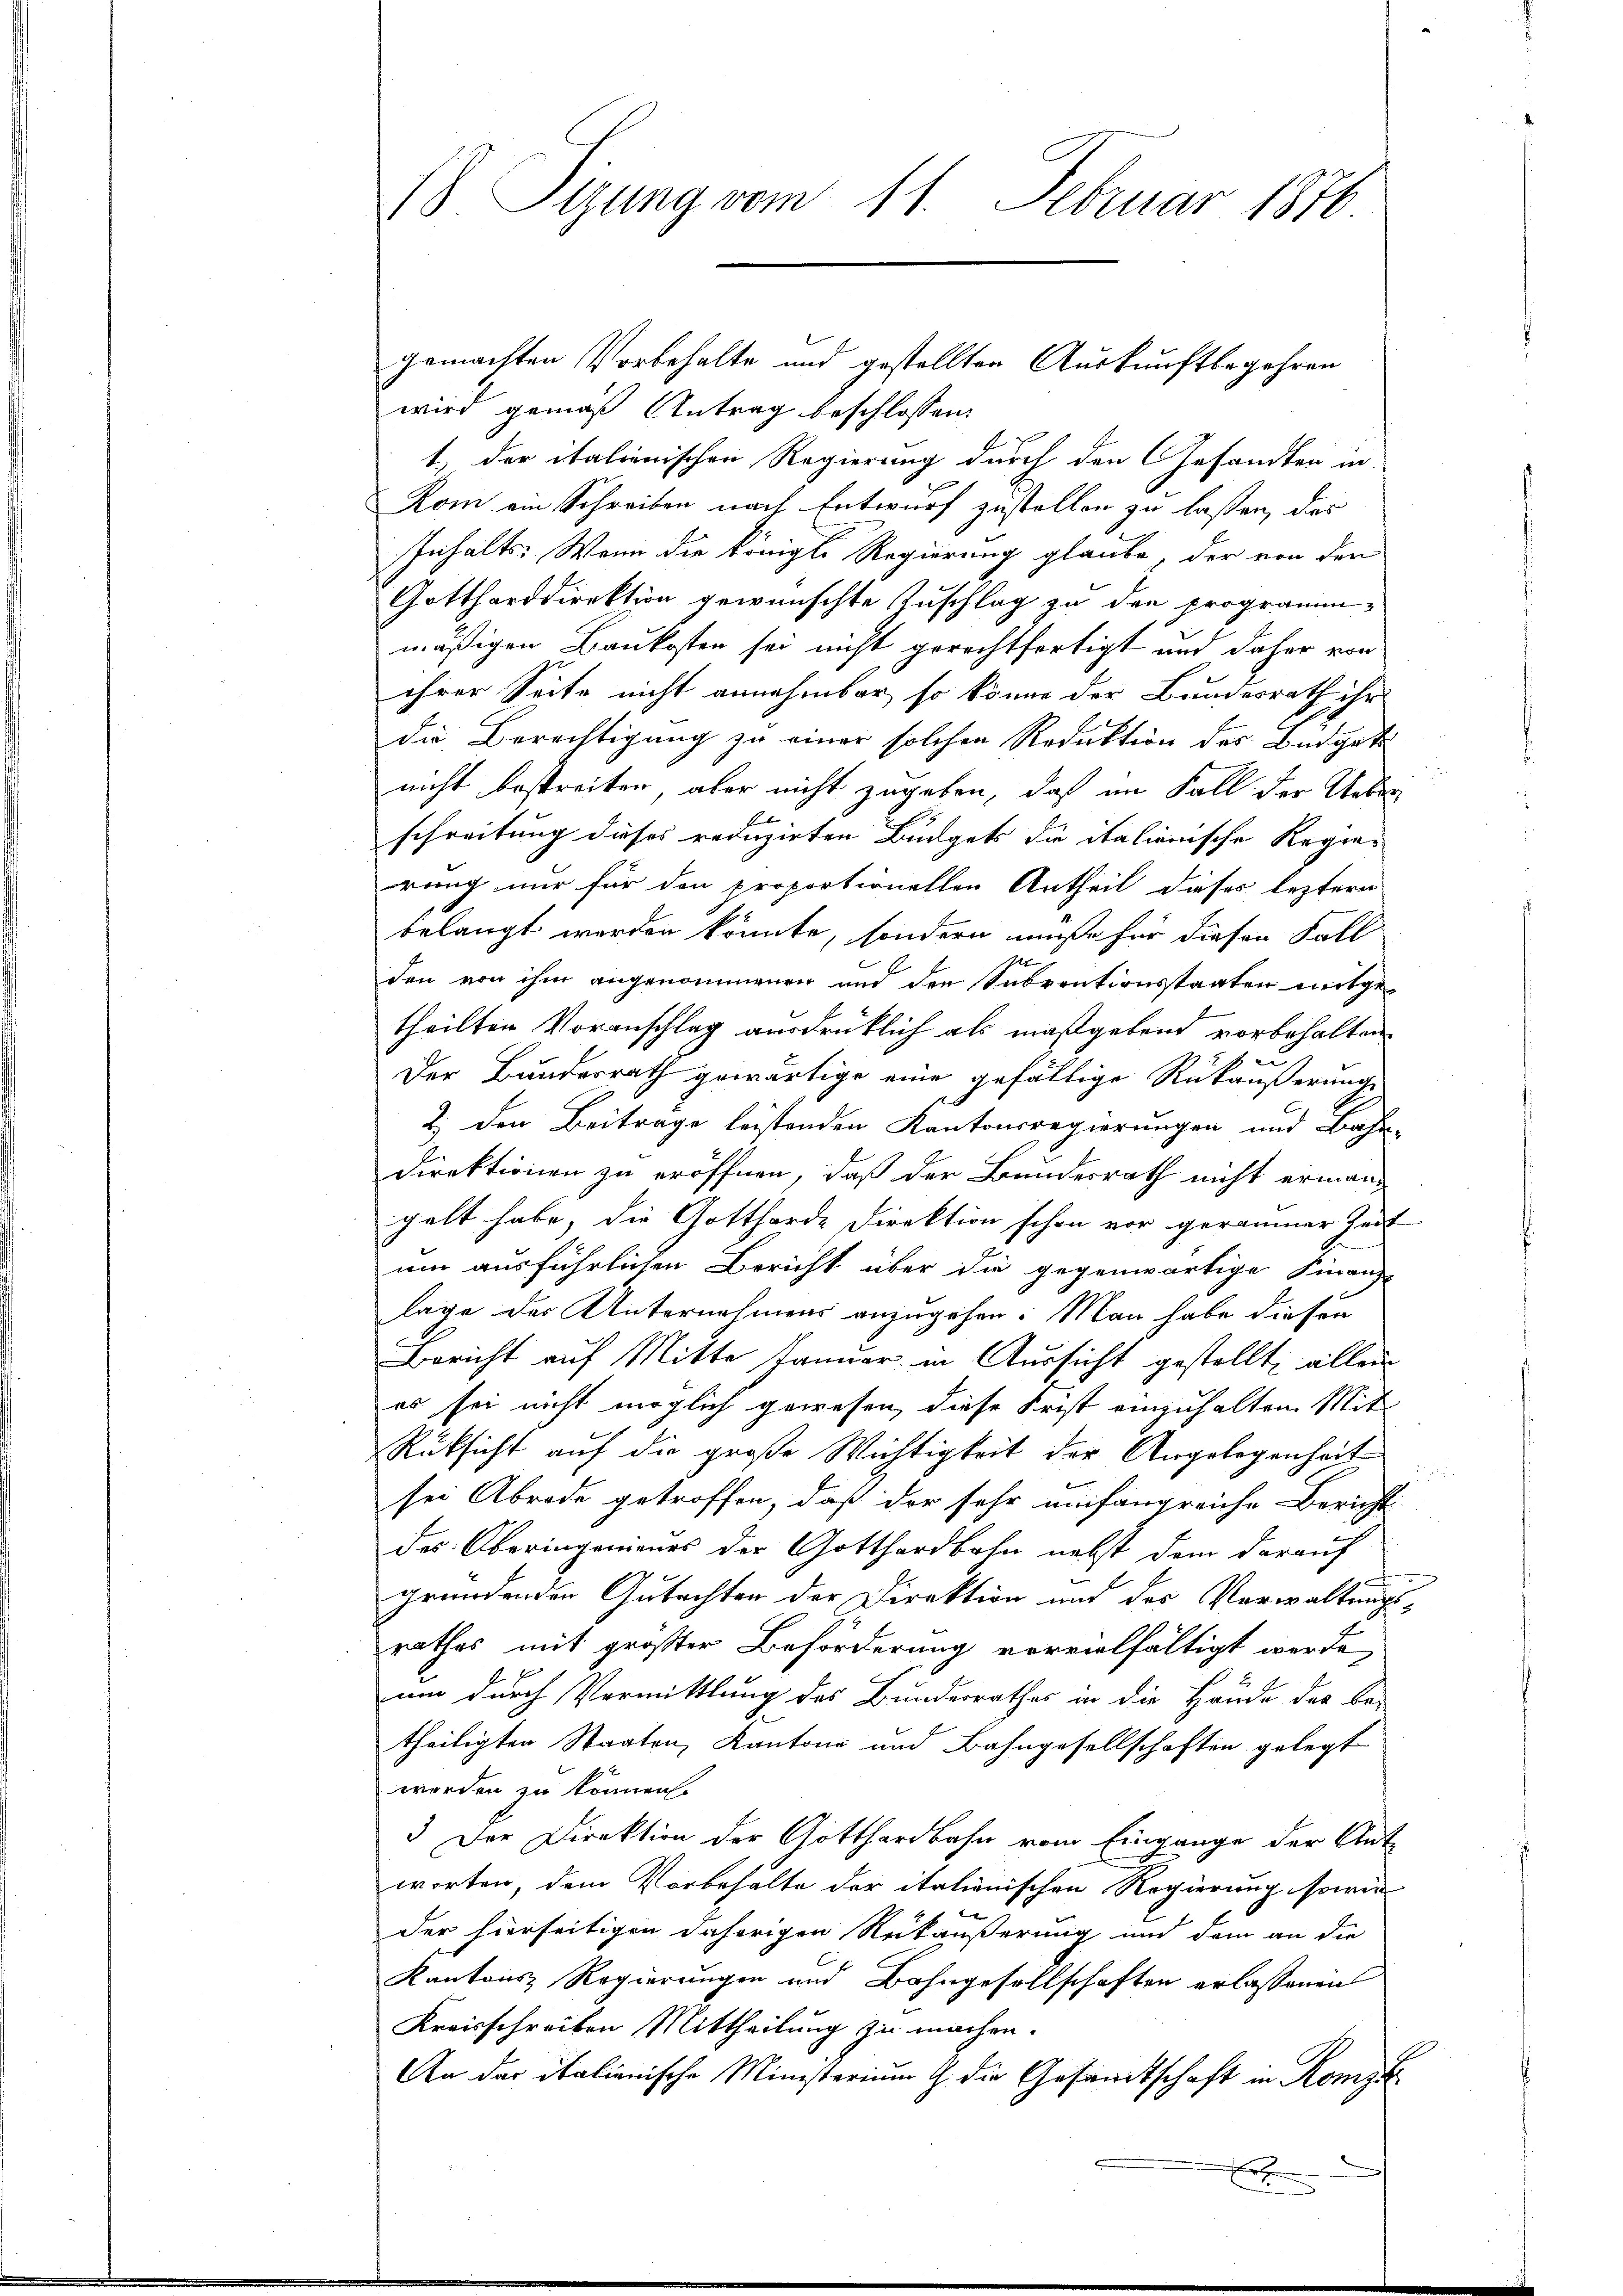
18 Sizung vom 11. Februar 1876

gemachten Vorbehalte und gestellten Auskunftbegehren
wird gemäß Antrag beschlossen:
1) der italienischen Regierung durch den Gesandten in
Kom ein Schreiben nach Entwurf zustellen zu lassen, das
Inhalts: Wenn die königl. Regierung glaube, der von der
Gottharddirektion gewünschte Zuschlag zu den programmmäßigen Baukosten sei nicht gerechtfertigt und daher von
ihrer Seite nicht annehmbar, so könne der Bundesrath ihr
die Berechtigung zu einer solchen Reduktion des Budgets
nicht bestreiten, aber nicht zugeben, daß im Fall der Ueber
schreitung dieses reduzirten Budgets die italienische Regierung nur für den proportionellen Antheil dieses leztern
belangt werden könnte, sondern müße für diesen Fall
den von ihm angenommenen und der Subventionsstaaten mitge-
theilten Voranschlag ausdrücklich als maßgebend vorbehalten
Der Bundesrath gewärtige eine gefällige Rückäußerungs
2. den Beitrage leistenden Kantonsregierungen und Bahn-
Direktionen zu eröffnen, daß der Bundesrath nicht ermangelt habe, die Gottharde Direktion schon vor geraumer Zeit
um ausführlichen Bericht über die gegenwärtige Finanz
lage der Unternehmens anzugehen. Man habe diesen
Bericht auf Mitte Januar in Aussicht gestellt, allein
es sei nicht möglich gewesen, diese Frist einzuhalten Mit
Rüksicht auf die große Wichtigkeit der Angelegenheit
sei Abrode getroffen, daß der sehr umfangreiche Bericht
des Oberingenieurs der Gotthardbahn nebst dem darauf
gründenden Gutachten der Direktion und des Verwaltungsrathes mit großer Beforderung vervielfältigt werde,
um durch Vermittlung des Bundesrathes in die Hände das Be-
theiligten Staaten, Kantone und Bahngesellschaften gelegt
werden zu können.
. Der Direktion der Gotthardbahn vom Eingange der Ant
worten, dem Vorbehalte der italienischen Regierung sowie
der hierseitigen daherigen Rückäußerung und dem an die
Kantons Regierungen und Bahngesellschaften erlassenen
Kreisschreiben Mittheilung zu machen.
An der italienische Ministerium G. die Gesandtschaft in Konzi
x